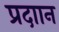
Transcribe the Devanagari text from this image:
प्रदाान